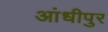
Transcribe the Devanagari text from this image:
आंधीपुर